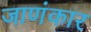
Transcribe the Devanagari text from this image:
जाणंकार